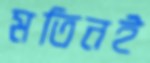
মতিনই